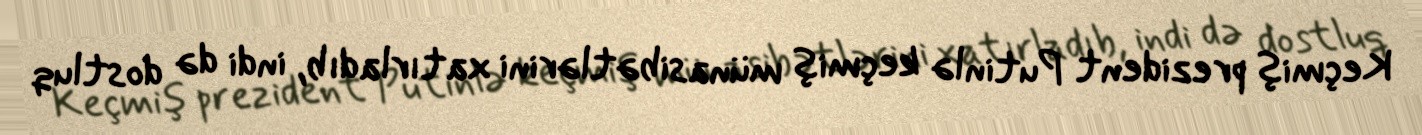
Keçmiş prezident Putinlə keçmiş münasibətlərini xatırladıb, indi də dostluq